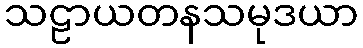
သဠာယတနသမုဒယာ